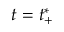
t = t _ { + } ^ { * }